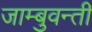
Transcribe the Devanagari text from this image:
जाम्बुवन्ती